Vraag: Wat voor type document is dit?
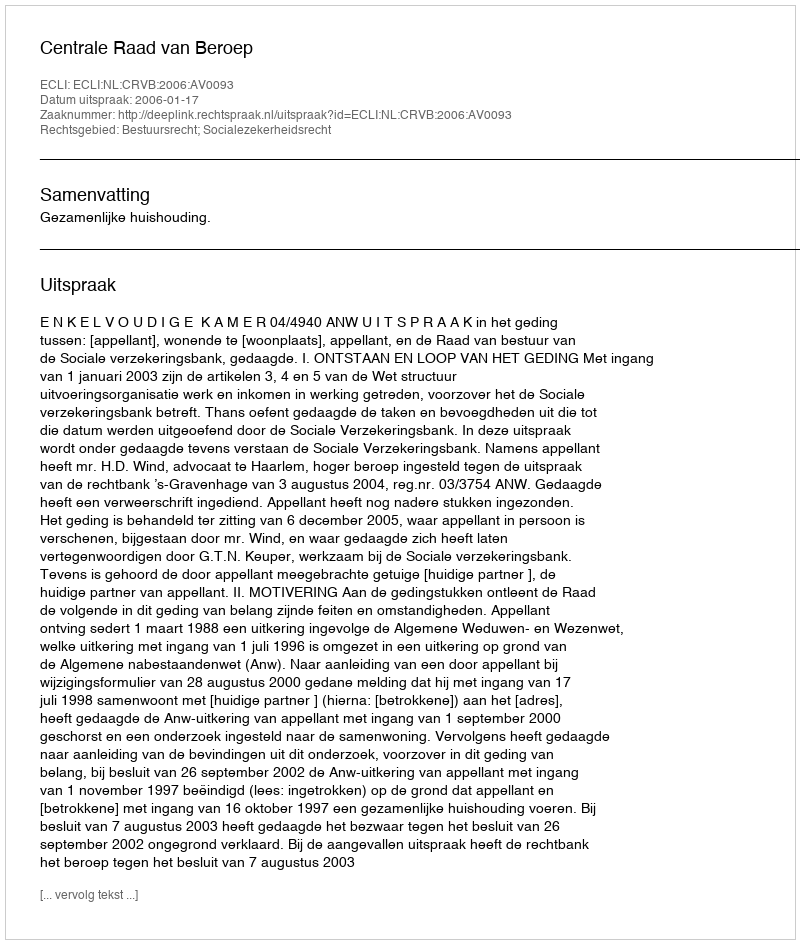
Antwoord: Uitspraak